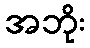
အဘိုး